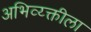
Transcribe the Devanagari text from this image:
अभिव्य्क्तीला